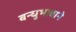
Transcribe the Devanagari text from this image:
बन्धुभावाने